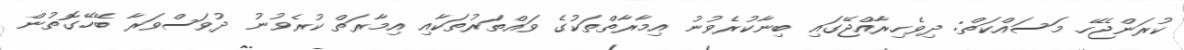
ކުރަންޖެހޭ މަސައްކަތް: ދިވެހިރާއްޖޭގައި ބިނާކުރެވުނު އިމާރާތްތަކުގެ ވައްތަރުތަކާއި އިމާރަތް ކުރެވުނު ދުވަސްވަރާ ބޭހޭގޮތުން